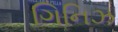
ગિનિઝ